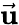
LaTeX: \vec{\mathbf u}